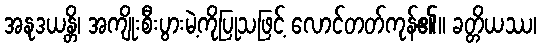
အနုဒယန္တိ၊ အကျိုးစီးပွားမဲ့ကိုပြုသဖြင့် လောင်တတ်ကုန်၏။ ခတ္တိယဿ၊